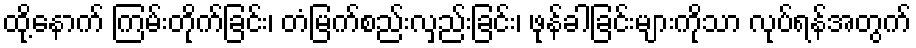
ထို့နောက် ကြမ်းတိုက်ခြင်း၊ တံမြက်စည်းလှည်းခြင်း၊ ဖုန်ခါခြင်းများကိုသာ လုပ်ရန်အတွက်